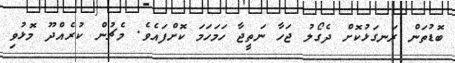
ބޮޑުތަން ރަނގަޅުކޮށް ދެގޯލު ޖަހާ ނަތީޖާ ހަމަހަމަ ކޮށްފައެވެ. މެޗުން ކުރެއްދޫ މޮޅުވި